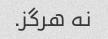
نه هرگز.